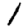
Digit: 1